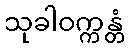
သုခါဝက္ကန္တံ